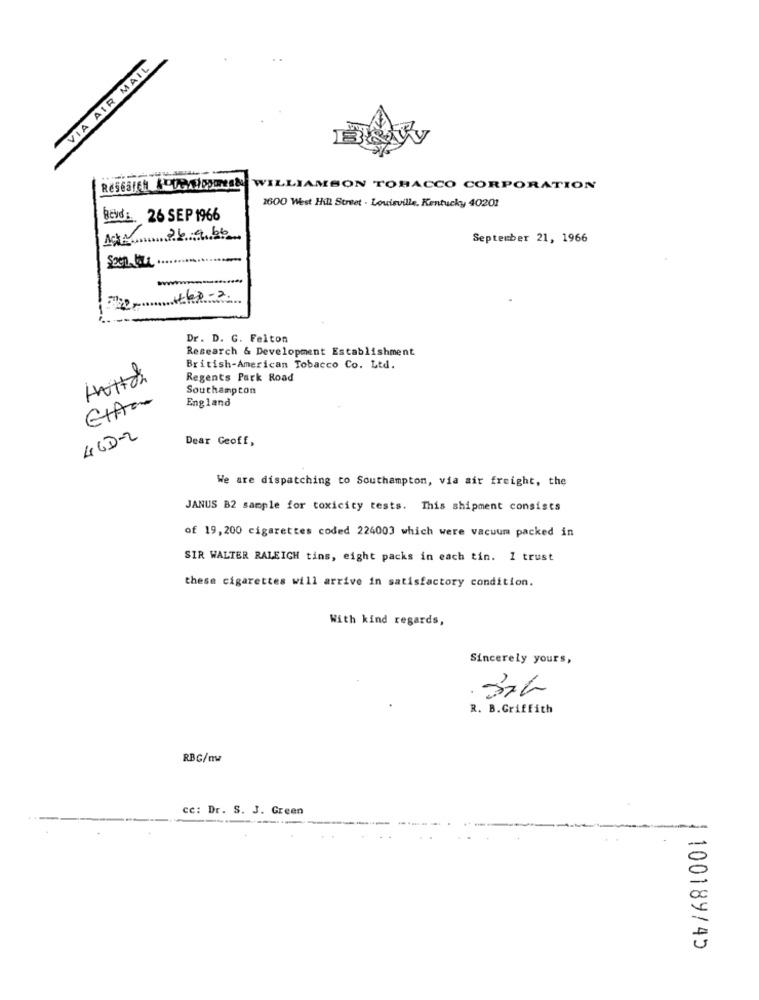
VIA AIR MAIL
WILLIAMSON TOBACCO CORPORATION
1600 West Hill Street . Louisville, Kentucky 40201
Beydi. 26 SEP 1966
ACA 24968
September 21, 1966
The+68-2.
Dr. D. G. Felton
Research & Development Establishment
British-American Tobacco Co. Ltd.
Regents Park Road
Southampton
Etter
England
4CD-2
Dear Geoff,
We are dispatching to Southampton, via air freight, the
JANUS B2 sample for toxicity tests. This shipment consists
of 19,200 cigarettes coded 224003 which were vacuum packed in
SIR WALTER RALEIGH tins, eight packs in each tin. 1 trust
these cigarettes will arrive in satisfactory condition.
With kind regards,
Sincerely yours,
R. B.Griffith
RBG/nw
cc: Dr. S. J. Green
-
100189/45